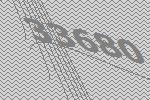
33680